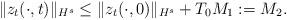
LaTeX: \begin{align*} \|z_t(\cdot,t)\|_{H^s}\leq \|z_t(\cdot,0)\|_{H^s}+T_0 M_1:=M_2.\end{align*}